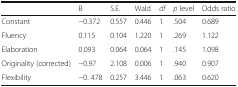
<table><thead><tr><td></td><td><b>B</b></td><td><b>S.E.</b></td><td><b>Wald</b></td><td><b><i>df</i></b></td><td><b><i>p</i> level</b></td><td><b>Odds ratio</b></td></tr></thead><tbody><tr><td>Constant</td><td>−0.372</td><td>0.557</td><td>0.446</td><td>1</td><td>.504</td><td>0.689</td></tr><tr><td>Fluency</td><td>0.115</td><td>0.104</td><td>1.220</td><td>1</td><td>.269</td><td>1.122</td></tr><tr><td>Elaboration</td><td>0.093</td><td>0.064</td><td>0.064</td><td>1</td><td>.145</td><td>1.098</td></tr><tr><td>Originality (corrected)</td><td>−0.97</td><td>2.108</td><td>0.006</td><td>1</td><td>.940</td><td>0.907</td></tr><tr><td>Flexibility</td><td>−0. 478</td><td>0.257</td><td>3.446</td><td>1</td><td>.063</td><td>0.620</td></tr></tbody></table>